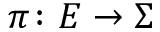
\pi \colon E \rightarrow \Sigma